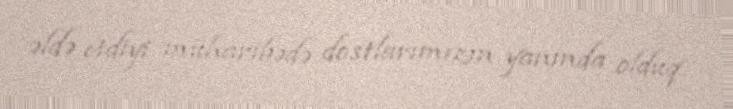
əldə etdiyi müharibədə dostlarımızın yanında olduq.